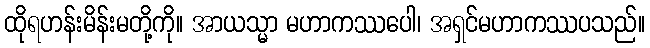
ထိုရဟန်းမိန်းမတို့ကို။ အာယသ္မာ မဟာကဿပေါ၊ အရှင်မဟာကဿပသည်။